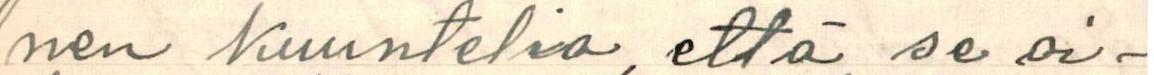
nen kuuntelia, että se oi-